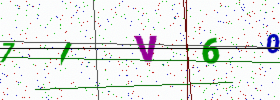
Text: 7IV60